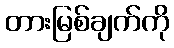
တားမြစ်ချက်ကို